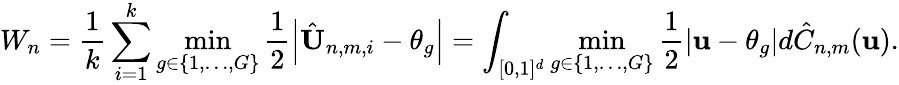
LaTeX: W_{n}=\frac{1}{k}\sum_{i=1}^{k}\underset{g\in\{ 1,\dots,G\} }{\operatorname*{min}}\frac{1}{2}\left|\hat{\textbf{U}}_{n,m,i}-\theta_{g}\right|=\int_{[0,1]^{d}}\underset{g\in\{ 1,\dots,G\} }{\operatorname*{min}}\frac{1}{2}\left|\textbf{u}-\theta_{g}\right|d\hat{C}_{n,m}(\textbf{u}).